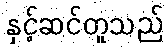
နှင့်ဆင်တူသည်